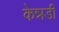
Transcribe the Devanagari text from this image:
केन्नडी